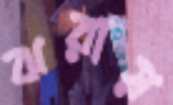
ঝরায়